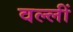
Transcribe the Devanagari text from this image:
वल्लीं